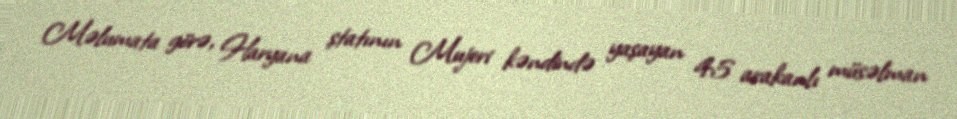
Məlumata görə, Haryana ştatının Mujeri kəndində yaşayan 45 arakanlı müsəlman